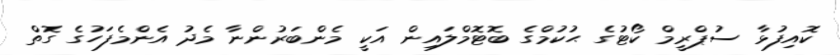
ކޮއިފުޅާ ސުޕްރީމް ކޯޓުގެ ޙުކުމްގެ ބޮޓޮމްލައިން އަކީ މެންބަރުންނާ މެދު އެންމެފަހުގެ ގޮތް